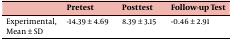
<table><thead><tr><td></td><td><b>Pretest</b></td><td><b>Posttest</b></td><td><b>Follow-up Test</b></td></tr></thead><tbody><tr><td>Experimental, Mean ± SD</td><td>-14.39 ± 4.69</td><td>8.39 ± 3.15</td><td>-0.46 ± 2.91</td></tr></tbody></table>